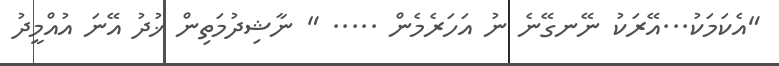
"އެކަމަކު...އޭރަކު ނޭނގޭނެ ނު އަހަރެމެން ..... " ނާޝިދުމަތިން ޚުދު އޭނަ އުއްމީދު